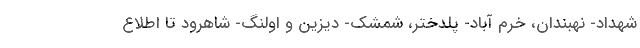
شهداد- نهبندان، خرم آباد- پلدختر، شمشک- دیزین و اولنگ- شاهرود تا اطلاع